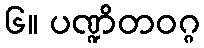
၆။ ပဏ္ဍိတဝဂ္ဂ